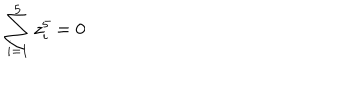
\sum _ { i = 1 } ^ { 5 } z _ { i } ^ { 5 } = 0